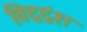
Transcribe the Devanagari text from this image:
विद्वद्वंश